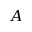
A